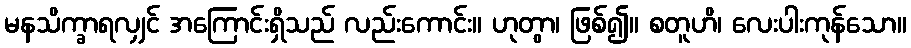
မနသိက္ခာရလျှင် အကြောင်းရှိသည် လည်းကောင်း။ ဟုတွာ၊ ဖြစ်၍။ စတူဟိ၊ လေးပါးကုန်သော။